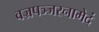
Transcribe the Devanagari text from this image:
वज्रपञ्जरनामेदं